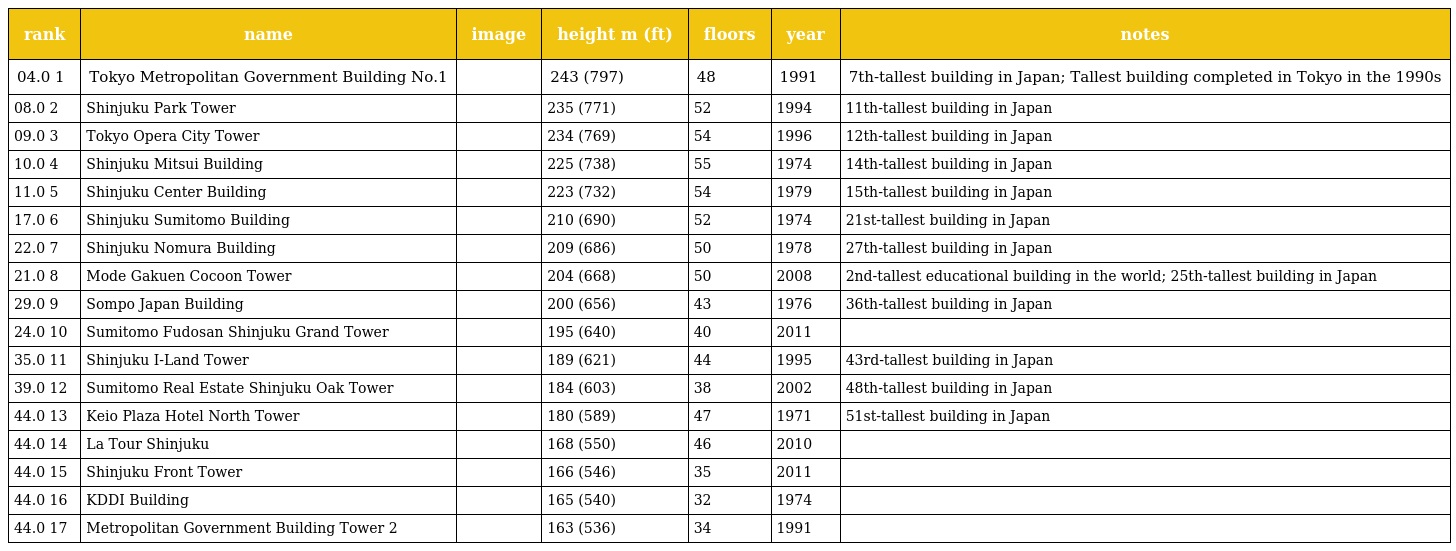
| rank | name | image | height m (ft) | floors | year | notes |
 | --- | --- | --- | --- | --- | --- | --- |
 | 04.0 1 | Tokyo Metropolitan Government Building No.1 |  | 243 (797) | 48 | 1991 | 7th-tallest building in Japan; Tallest building completed in Tokyo in the 1990s |
 | 08.0 2 | Shinjuku Park Tower |  | 235 (771) | 52 | 1994 | 11th-tallest building in Japan |
 | 09.0 3 | Tokyo Opera City Tower |  | 234 (769) | 54 | 1996 | 12th-tallest building in Japan |
 | 10.0 4 | Shinjuku Mitsui Building |  | 225 (738) | 55 | 1974 | 14th-tallest building in Japan |
 | 11.0 5 | Shinjuku Center Building |  | 223 (732) | 54 | 1979 | 15th-tallest building in Japan |
 | 17.0 6 | Shinjuku Sumitomo Building |  | 210 (690) | 52 | 1974 | 21st-tallest building in Japan |
 | 22.0 7 | Shinjuku Nomura Building |  | 209 (686) | 50 | 1978 | 27th-tallest building in Japan |
 | 21.0 8 | Mode Gakuen Cocoon Tower |  | 204 (668) | 50 | 2008 | 2nd-tallest educational building in the world; 25th-tallest building in Japan |
 | 29.0 9 | Sompo Japan Building |  | 200 (656) | 43 | 1976 | 36th-tallest building in Japan |
 | 24.0 10 | Sumitomo Fudosan Shinjuku Grand Tower |  | 195 (640) | 40 | 2011 |  |
 | 35.0 11 | Shinjuku I-Land Tower |  | 189 (621) | 44 | 1995 | 43rd-tallest building in Japan |
 | 39.0 12 | Sumitomo Real Estate Shinjuku Oak Tower |  | 184 (603) | 38 | 2002 | 48th-tallest building in Japan |
 | 44.0 13 | Keio Plaza Hotel North Tower |  | 180 (589) | 47 | 1971 | 51st-tallest building in Japan |
 | 44.0 14 | La Tour Shinjuku |  | 168 (550) | 46 | 2010 |  |
 | 44.0 15 | Shinjuku Front Tower |  | 166 (546) | 35 | 2011 |  |
 | 44.0 16 | KDDI Building |  | 165 (540) | 32 | 1974 |  |
 | 44.0 17 | Metropolitan Government Building Tower 2 |  | 163 (536) | 34 | 1991 |  |